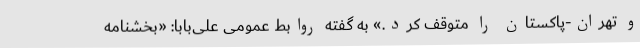
و تهران-پاکستان را متوقف کرد.» به گفته روابط عمومی علی‌بابا: «بخشنامه